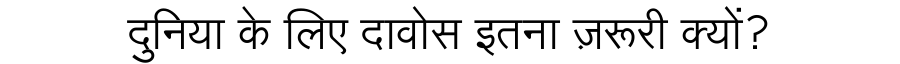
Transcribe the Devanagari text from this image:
दुनिया के लिए दावोस इतना ज़रूरी क्यों?